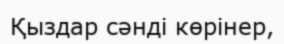
Қыздар сәнді көрінер,